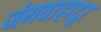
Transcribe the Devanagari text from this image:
जंगवाहादुर